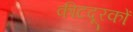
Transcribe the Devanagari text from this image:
कीटदूरकों